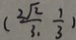
( \frac { 2 \sqrt { 2 } } { 3 } , \frac { 1 } { 3 } )